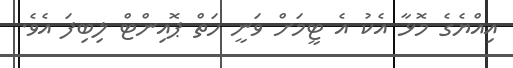
އިއްޔެގެ މޮޅާ އެކު އެ ޓީމަށް ވަނީ ހަތް ޕޮއިންޓް ލިބިފަ އެވެ.